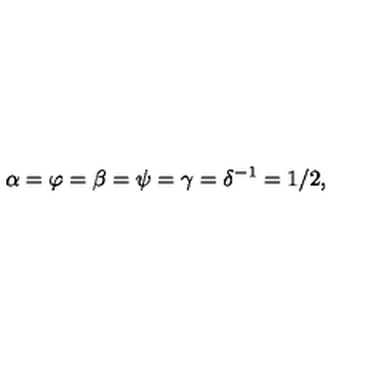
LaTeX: \alpha = \varphi = \beta = \psi = \gamma = \delta ^ { - 1 } = 1 / 2 ,